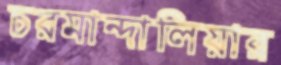
চরমান্দালিয়ার